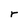
Character: r